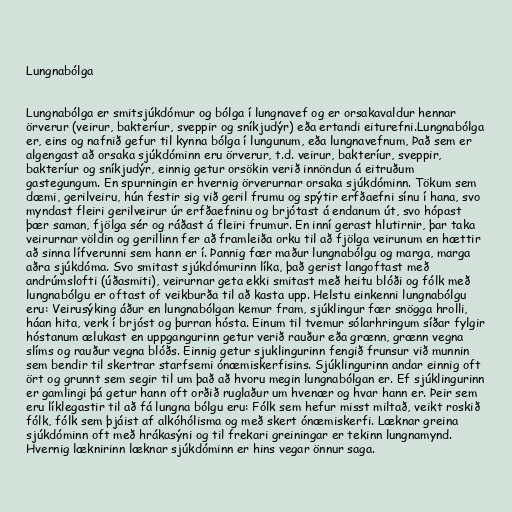
Lungnabólga

Lungnabólga er smitsjúkdómur og bólga í lungnavef og er orsakavaldur hennar
örverur (veirur, bakteríur, sveppir og sníkjudýr) eða ertandi eiturefni.Lungnabólga
er, eins og nafnið gefur til kynna bólga í lungunum, eða lungnavefnum, Það sem er
algengast að orsaka sjúkdóminn eru örverur, t.d. veirur, bakteríur, sveppir,
bakteríur og sníkjudýr, einnig getur orsökin verið innöndun á eitruðum
gastegungum. En spurningin er hvernig örverurnar orsaka sjúkdóminn. Tökum sem
dæmi, gerilveiru, hún festir sig við geril frumu og spýtir erfðaefni sínu í hana, svo
myndast fleiri gerilveirur úr erfðaefninu og brjótast á endanum út, svo hópast
þær saman, fjölga sér og ráðast á fleiri frumur. En inní gerast hlutirnir, þar taka
veirurnar völdin og gerillinn fer að framleiða orku til að fjölga veirunum en hættir
að sinna lífverunni sem hann er í. Þannig fær maður lungnabólgu og marga, marga
aðra sjúkdóma. Svo smitast sjúkdómurinn líka, það gerist langoftast með
andrúmslofti (úðasmiti), veirurnar geta ekki smitast með heitu blóði og fólk með
lungnabólgu er oftast of veikburða til að kasta upp. Helstu einkenni lungnabólgu
eru: Veirusýking áður en lungnabólgan kemur fram, sjúklingur fær snögga hrolli,
háan hita, verk í brjóst og þurran hósta. Einum til tvemur sólarhringum síðar fylgir
hóstanum ælukast en uppgangurinn getur verið rauður eða grænn, grænn vegna
slíms og rauður vegna blóðs. Einnig getur sjuklingurinn fengið frunsur við munnin
sem bendir til skertrar starfsemi ónæmiskerfisins. Sjúklingurinn andar einnig oft
ört og grunnt sem segir til um það að hvoru megin lungnabólgan er. Ef sjúklingurinn
er gamlingi þá getur hann oft orðið ruglaður um hvenær og hvar hann er. Þeir sem
eru líklegastir til að fá lungna bólgu eru: Fólk sem hefur misst miltað, veikt roskið
fólk, fólk sem þjáist af alkóhólisma og með skert ónæmiskerfi. Læknar greina
sjúkdóminn oft með hrákasýni og til frekari greiningar er tekinn lungnamynd.
Hvernig læknirinn læknar sjúkdóminn er hins vegar önnur saga.